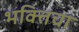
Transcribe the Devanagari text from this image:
भक्तिचा